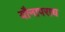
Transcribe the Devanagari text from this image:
यौनापराध